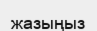
жазыңыз